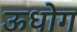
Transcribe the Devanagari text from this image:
ऊधोग